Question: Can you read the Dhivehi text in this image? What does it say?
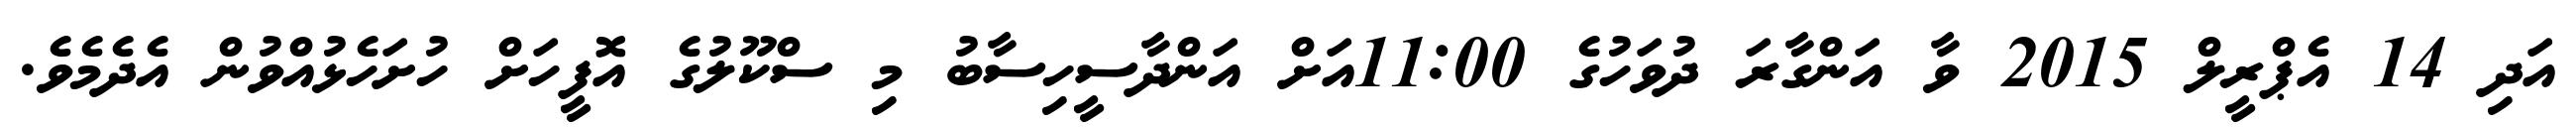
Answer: އަދި 14 އެޕްރީލް 2015 ވާ އަންގާރަ ދުވަހުގެ 11:00އަށް އަންދާސީހިސާބު މި ސްކޫލުގެ އޮފީހަށް ހުށަހެޅުއްވުން އެދެމެވެ.